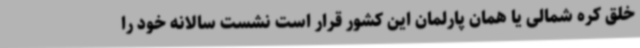
خلق کره شمالی یا همان پارلمان این کشور قرار است نشست سالانه خود را